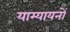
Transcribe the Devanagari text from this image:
याम्यायनों